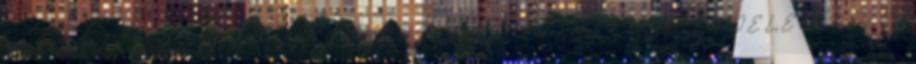
AZT AZ UTALÁSNÁL ÍRJÁTOK A KÖZLEMÉNY KÉREK MINDEN JELENTKEZ?T